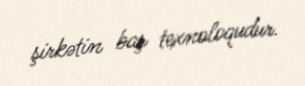
şirkətin baş texnoloqudur.